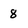
Character: 8